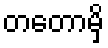
တတောမှိ